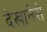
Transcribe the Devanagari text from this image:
देखानेसे